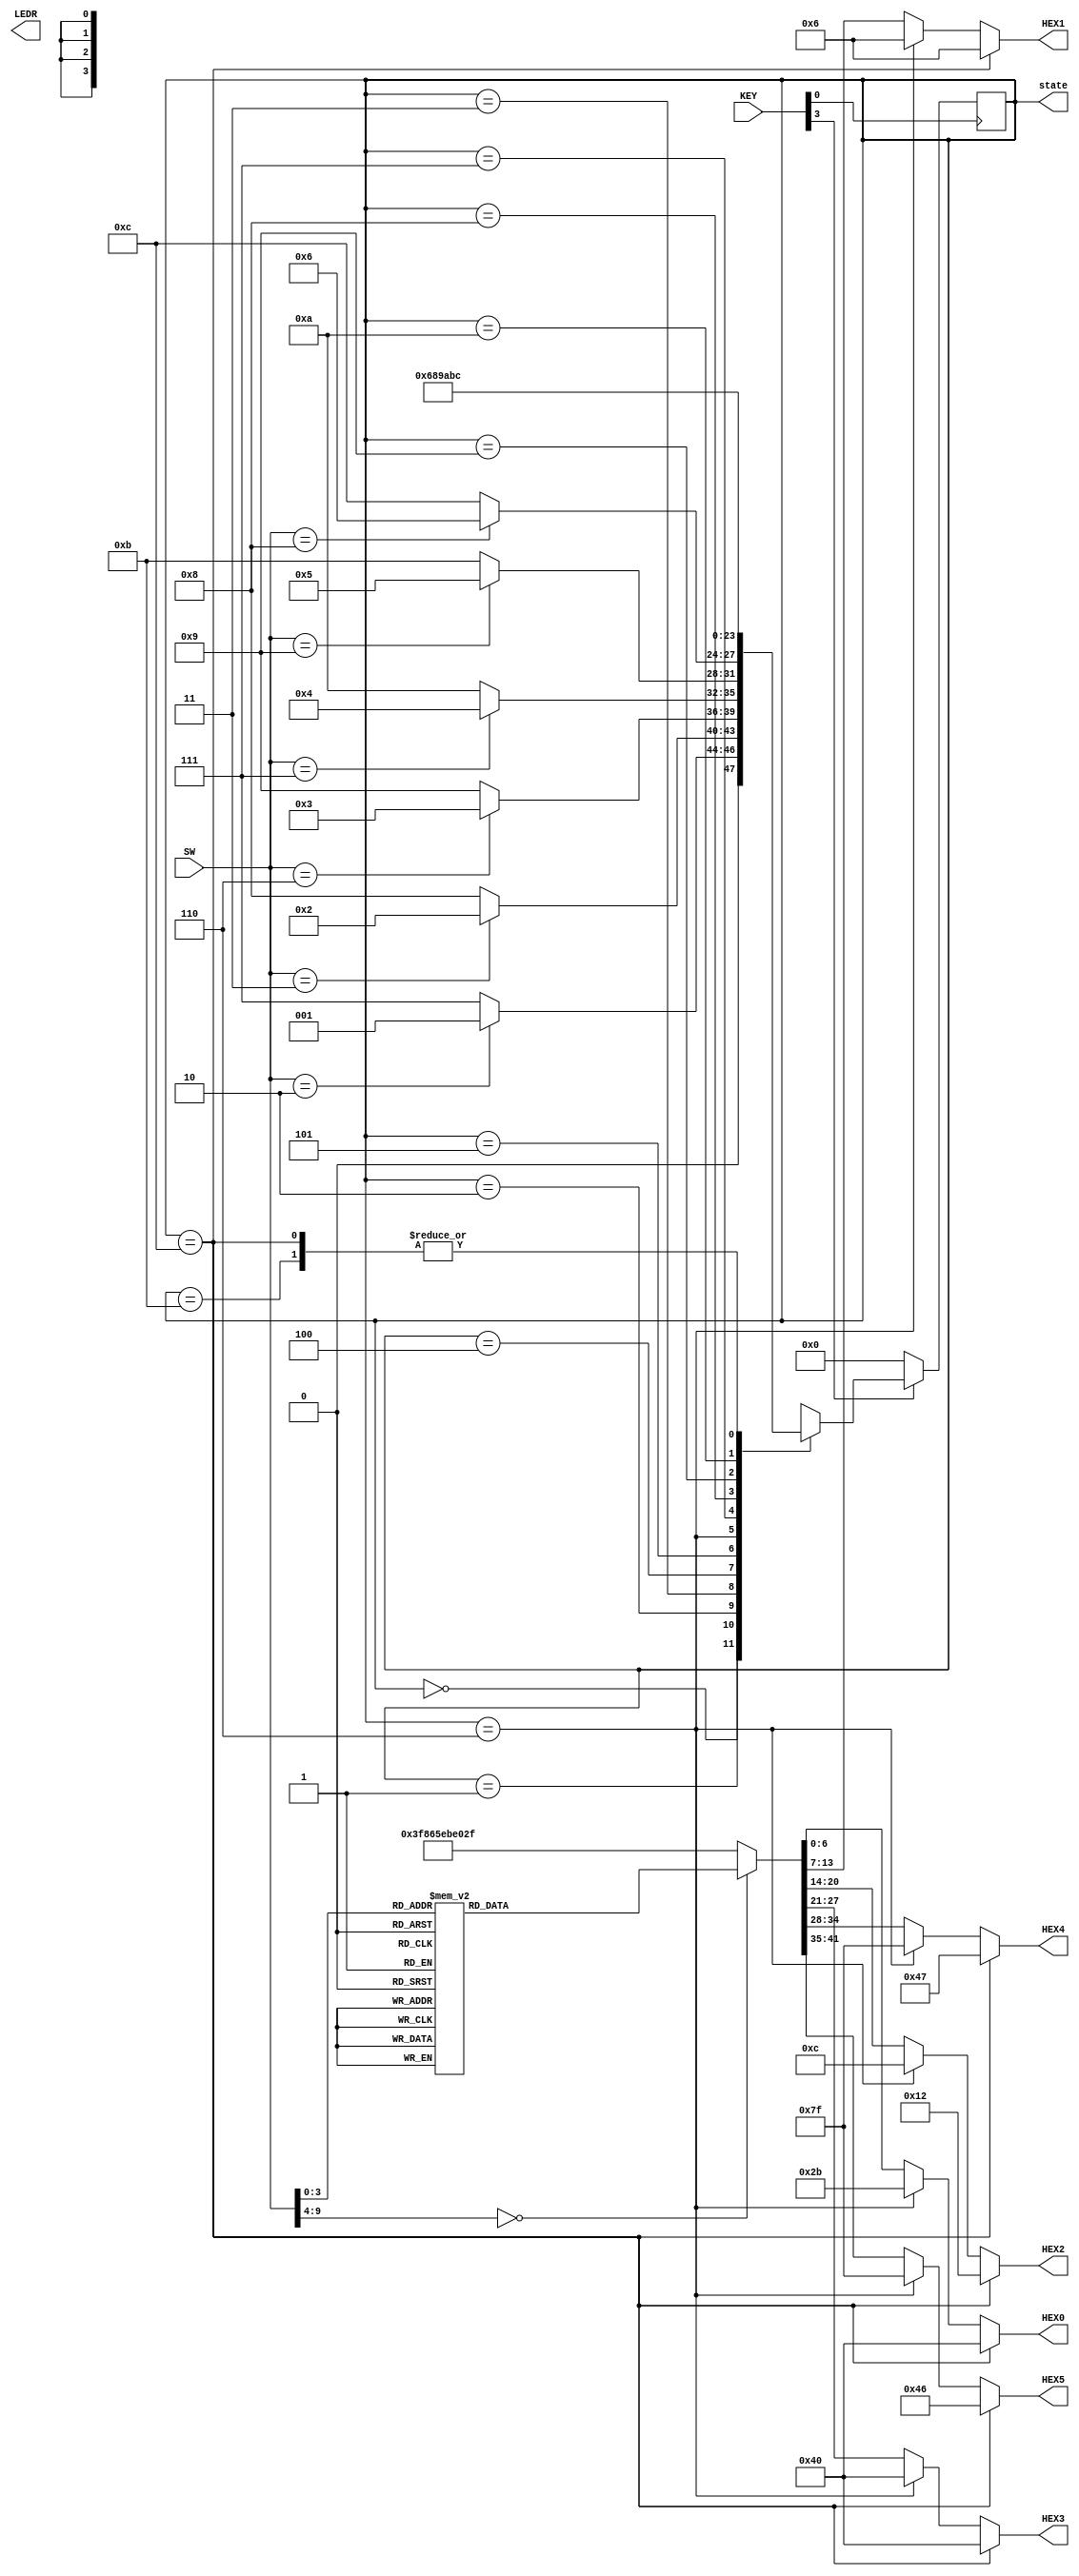
module lab3_top(SW,state,KEY,HEX0,HEX1,HEX2,HEX3,HEX4,HEX5,LEDR);
  input [9:0] SW;
  input [3:0] KEY;
  output [3:0] state;
  output reg[6:0] HEX0, HEX1, HEX2, HEX3, HEX4, HEX5;
  output [9:0] LEDR; 
  reg [3:0] state=4'b0000;
  	 
	always @* begin											
		if (state==4'b1100) begin //print CLOSED
										HEX5=~7'b0111001;	
										HEX4=~7'b0111000;
										HEX3=~7'b0111111;
										HEX2=~7'b1101101;
										HEX1=~7'b1111001;
										HEX0=~7'b0111111; //D is just like O
									end
						
		else if (state==4'b0110) begin //print OPEn
										HEX5=~7'b0000000;
										HEX4=~7'b0000000;
										HEX3=~7'b0111111;
										HEX2=~7'b1110011;
										HEX1=~7'b1111001;
										HEX0=~7'b1010100;
									end
									
		else 
			case (SW[9:0])
				9'd0:	begin
							HEX0=~7'b0111111;
							HEX1=~7'b0000000;
							HEX2=~7'b0000000;
							HEX3=~7'b0000000;
							HEX4=~7'b0000000;
							HEX5=~7'b0000000;
						end
				9'd1:	begin
							HEX0=~7'b0000110;
							HEX1=~7'b0000000;
							HEX2=~7'b0000000;
							HEX3=~7'b0000000;
							HEX4=~7'b0000000;
							HEX5=~7'b0000000;
						end
				9'd2:	begin
							HEX0=~7'b1011011;
							HEX1=~7'b0000000;
							HEX2=~7'b0000000;
							HEX3=~7'b0000000;
							HEX4=~7'b0000000;
							HEX5=~7'b0000000;
						end
				9'd3: begin
							HEX0=~7'b1001111;
							HEX1=~7'b0000000;
							HEX2=~7'b0000000;
							HEX3=~7'b0000000;
							HEX4=~7'b0000000;
							HEX5=~7'b0000000;
						end
				9'd4:	begin
							HEX0=~7'b1100110;	
							HEX1=~7'b0000000;
							HEX2=~7'b0000000;
							HEX3=~7'b0000000;
							HEX4=~7'b0000000;
							HEX5=~7'b0000000;
						end				
				9'd5: begin
							HEX0=~7'b1101101;
							HEX1=~7'b0000000;
							HEX2=~7'b0000000;
							HEX3=~7'b0000000;
							HEX4=~7'b0000000;
							HEX5=~7'b0000000;
						end
				9'd6: begin 
							HEX0=~7'b1111101;
							HEX1=~7'b0000000;
							HEX2=~7'b0000000;
							HEX3=~7'b0000000;
							HEX4=~7'b0000000;
							HEX5=~7'b0000000;
						end
				9'd7:	begin
							HEX0=~7'b0000111;
							HEX1=~7'b0000000;
							HEX2=~7'b0000000;
							HEX3=~7'b0000000;
							HEX4=~7'b0000000;
							HEX5=~7'b0000000;
						end
				9'd8: begin	
							HEX0=~7'b1111111;
							HEX1=~7'b0000000;
							HEX2=~7'b0000000;
							HEX3=~7'b0000000;
							HEX4=~7'b0000000;
							HEX5=~7'b0000000;
						end
				9'd9: begin 
							HEX0=~7'b1101111;
							HEX1=~7'b0000000;
							HEX2=~7'b0000000;
							HEX3=~7'b0000000;
							HEX4=~7'b0000000;
							HEX5=~7'b0000000;
						end
				default: begin //print ErrOr
						HEX5=~7'b0000000;
						HEX4=~7'b1111001;
						HEX3=~7'b1010000;
						HEX2=~7'b1010000;
						HEX1=~7'b0111111;
						HEX0=~7'b1010000;
							end
			endcase
	end
		  
  always @(posedge ~KEY[0]) begin
		if (~KEY[3])
			state=4'b0000;
		else begin
			case (state) 
				4'b0000:state=(SW[9:0]==9'd2)?4'b0001:4'b0111;//beginning state
				4'b0001:state=(SW[9:0]==9'd3)?4'b0010:4'b1000;//true1
				4'b0010:state=(SW[9:0]==9'd6)?4'b0011:4'b1001;//true2
				4'b0011:state=(SW[9:0]==9'd7)?4'b0100:4'b1010;//true3
				4'b0100:state=(SW[9:0]==9'd9)?4'b0101:4'b1011;//true4
				4'b0101:state=(SW[9:0]==9'd8)?4'b0110:4'b1100;//true5
				4'b0110:state=4'b0110;//true6
				4'b0111:state=4'b1000;//false1
				4'b1000:state=4'b1001;//false2
				4'b1001:state=4'b1010;//false3
				4'b1010:state=4'b1011;//false4
				4'b1011:state=4'b1100;//false5
				4'b1100:state=4'b1100;//false6
				default:state=4'bxxxx;
			endcase						
		end
	end				
endmodule